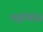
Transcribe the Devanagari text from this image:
पाइरेनीज़